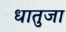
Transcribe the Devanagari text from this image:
धातुजा